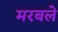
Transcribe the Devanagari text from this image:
मरबले